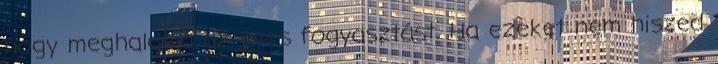
hogy meghaladja az éves fogyasztást. Ha ezeket nem hiszed